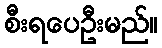
စီးရပေဦးမည်။